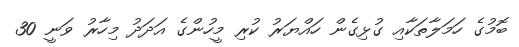
ބޮމުގެ ހަމަލާތަކާއި ގުޅިގެން ހައްޔަރު ކުރި މީހުންގެ އަދަދު މިހާރު ވަނީ 30